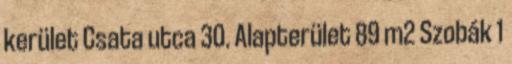
kerület Csata utca 30. Alapterület 89 m2 Szobák 1